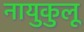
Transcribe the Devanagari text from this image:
नायुकुलू